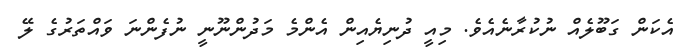
އެކަން ގަބޫލެއް ނުކުރާނެއެވެ. މިއީ ދުނިޔެއިން އެންމެ މަދުންނޫނީ ނުފެންނަ ވައްތަރުގެ ލޭ